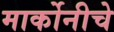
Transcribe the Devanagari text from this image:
मार्कोनीचे